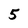
Character: 5